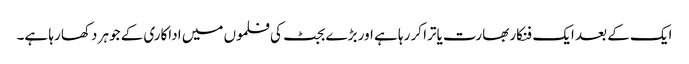
ایک کے بعد ایک فنکار بھارت یاترا کر رہا ہے اور بڑے بجٹ کی فلموں میں اداکاری کے جوہر دکھا رہا ہے۔